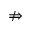
\nRightarrow